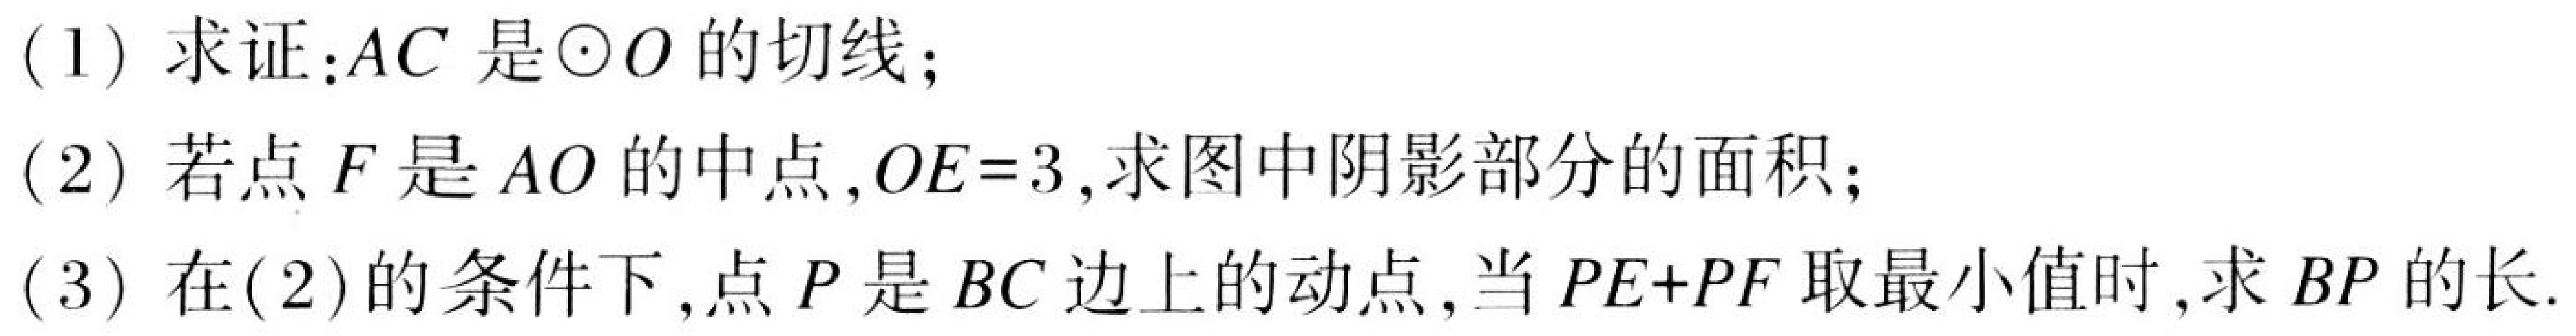
(1)求证：\(AC\)是\(\odot O\)的切线；
(2)若点\(F\)是\(AO\)的中点，\(OE = 3\)，求图中阴影部分的面积；
(3)在(2)的条件下，点\(P\)是\(BC\)边上的动点，当\(PE + PF\)取最小值时，求\(BP\)的长.